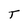
Character: T